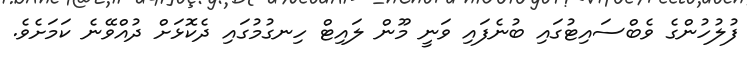
ފުލުހުންގެ ވެބްސައިޓުގައި ބުނެފައި ވަނީ މޫން ލައިޓް ހިނގުމުގައި ދެކޮޅަށް ދުއްވޭނެ ކަމަށެވެ.